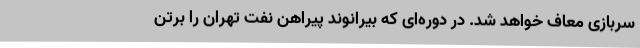
سربازی معاف خواهد شد. در دوره‌ای که بیرانوند پیراهن نفت تهران را برتن